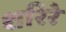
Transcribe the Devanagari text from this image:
शरिरे